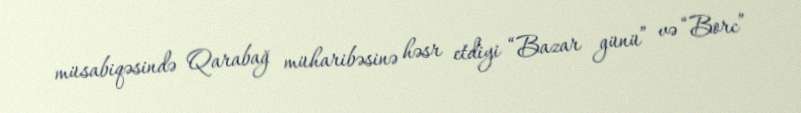
müsabiqəsində Qarabağ müharibəsinə həsr etdiyi “Bazar günü” və “Borc”